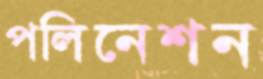
পলিনেশন